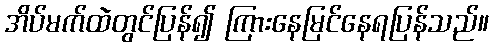
အိပ်မက်ထဲတွင်ပြန်၍ ကြားနေမြင်နေရပြန်သည်။